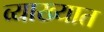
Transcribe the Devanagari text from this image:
व्याख्यात